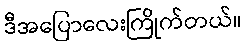
ဒီအပြောလေးကြိုက်တယ်။